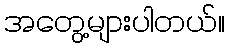
အတွေ့များပါတယ်။